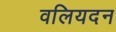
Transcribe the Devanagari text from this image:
वलियदन